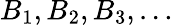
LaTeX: B_{1},B_{2},B_{3},\ldots